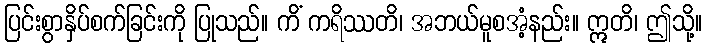
ပြင်းစွာနှိပ်စက်ခြင်းကို ပြုသည်။ ကိံ ကရိဿတိ၊ အဘယ်မူစအံ့နည်း။ ဣတိ၊ ဤသို့။